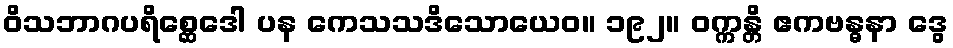
ဝိသဘာဂပရိစ္ဆေဒေါ ပန ကေသသဒိသောယေဝ။ ၁၉၂။ ဝက္ကန္တိ ဧကဗန္ဓနာ ဒွေ